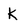
Character: K